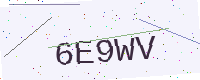
Text: 6E9WV